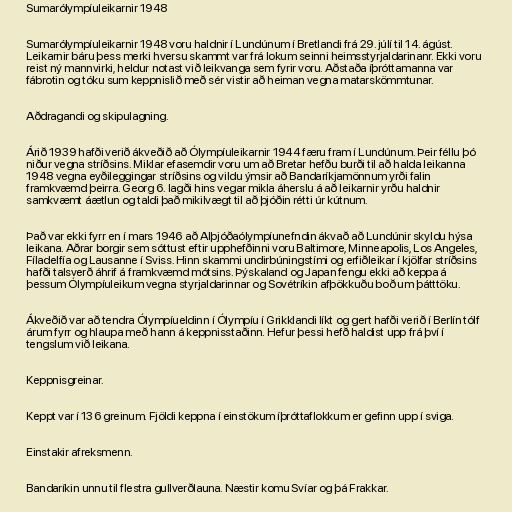
Sumarólympíuleikarnir 1948

Sumarólympíuleikarnir 1948 voru haldnir í Lundúnum í Bretlandi frá 29. júlí til 14. ágúst.
Leikarnir báru þess merki hversu skammt var frá lokum seinni heimsstyrjaldarinanr. Ekki voru
reist ný mannvirki, heldur notast við leikvanga sem fyrir voru. Aðstaða íþróttamanna var
fábrotin og tóku sum keppnislið með sér vistir að heiman vegna matarskömmtunar.

Aðdragandi og skipulagning.

Árið 1939 hafði verið ákveðið að Ólympíuleikarnir 1944 færu fram í Lundúnum. Þeir féllu þó
niður vegna stríðsins. Miklar efasemdir voru um að Bretar hefðu burði til að halda leikanna
1948 vegna eyðileggingar stríðsins og vildu ýmsir að Bandaríkjamönnum yrði falin
framkvæmd þeirra. Georg 6. lagði hins vegar mikla áherslu á að leikarnir yrðu haldnir
samkvæmt áætlun og taldi það mikilvægt til að þjóðin rétti úr kútnum.

Það var ekki fyrr en í mars 1946 að Alþjóðaólympíunefndin ákvað að Lundúnir skyldu hýsa
leikana. Aðrar borgir sem sóttust eftir upphefðinni voru Baltimore, Minneapolis, Los Angeles,
Fíladelfía og Lausanne í Sviss. Hinn skammi undirbúningstími og erfiðleikar í kjölfar stríðsins
hafði talsverð áhrif á framkvæmd mótsins. Þýskaland og Japan fengu ekki að keppa á
þessum Ólympíuleikum vegna styrjaldarinnar og Sovétríkin afþökkuðu boð um þátttöku.

Ákveðið var að tendra Ólympíueldinn í Ólympíu í Grikklandi líkt og gert hafði verið í Berlín tólf
árum fyrr og hlaupa með hann á keppnisstaðinn. Hefur þessi hefð haldist upp frá því í
tengslum við leikana.

Keppnisgreinar.

Keppt var í 136 greinum. Fjöldi keppna í einstökum íþróttaflokkum er gefinn upp í sviga.

Einstakir afreksmenn.

Bandaríkin unnu til flestra gullverðlauna. Næstir komu Svíar og þá Frakkar.